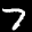
Label: 7